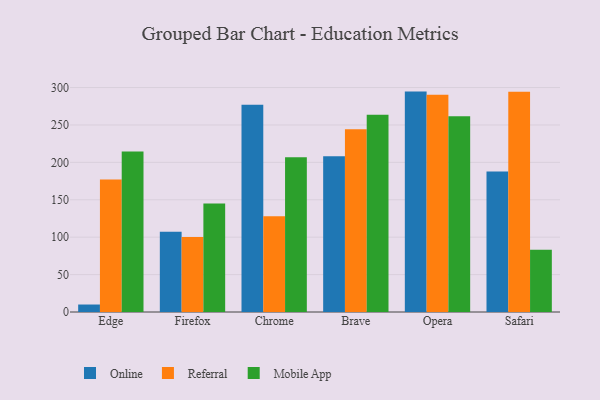
{"axis": {"x": "Browser", "y": "Customer Acquisition Cost (USD)"}, "legend": ["Mobile App", "Online", "Referral"], "data": [{"x": "Edge", "y": 10.0, "type": "Online"}, {"x": "Edge", "y": 177.2, "type": "Referral"}, {"x": "Edge", "y": 214.5, "type": "Mobile App"}, {"x": "Firefox", "y": 107.1, "type": "Online"}, {"x": "Firefox", "y": 100.1, "type": "Referral"}, {"x": "Firefox", "y": 145.1, "type": "Mobile App"}, {"x": "Chrome", "y": 277.1, "type": "Online"}, {"x": "Chrome", "y": 127.9, "type": "Referral"}, {"x": "Chrome", "y": 206.8, "type": "Mobile App"}, {"x": "Brave", "y": 208.2, "type": "Online"}, {"x": "Brave", "y": 244.2, "type": "Referral"}, {"x": "Brave", "y": 263.8, "type": "Mobile App"}, {"x": "Opera", "y": 294.6, "type": "Online"}, {"x": "Opera", "y": 290.4, "type": "Referral"}, {"x": "Opera", "y": 261.6, "type": "Mobile App"}, {"x": "Safari", "y": 187.8, "type": "Online"}, {"x": "Safari", "y": 294.5, "type": "Referral"}, {"x": "Safari", "y": 83.3, "type": "Mobile App"}]}